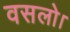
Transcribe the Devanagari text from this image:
वसलो।